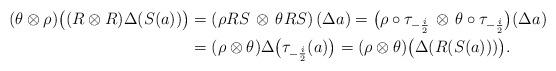
LaTeX: \begin{align*}(\theta\otimes\rho)\bigl((R\otimes R)\Delta(S(a))\bigr)&=\left(\rho RS\,\otimes\,\theta RS\right)(\Delta a)=\bigl(\rho\circ\tau_{-\frac{i}{2}}\,\otimes\,\theta\circ\tau_{-\frac{i}{2}}\bigr)(\Delta a) \\&=(\rho\otimes\theta)\Delta\bigl(\tau_{-\frac{i}{2}}(a)\bigr) =(\rho\otimes\theta)\bigl(\Delta(R(S(a)))\bigr).\end{align*}